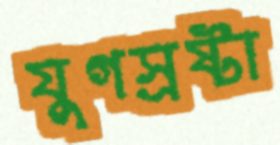
যুগস্রষ্টা